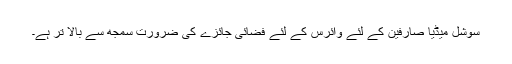
سوشل میڈیا صارفین کے لئے وائرس کے لئے فضائی جائزے کی ضرورت سمجھ سے بالا تر ہے۔